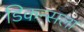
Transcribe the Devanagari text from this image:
डिकन्सला